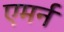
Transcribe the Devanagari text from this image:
एमर्न